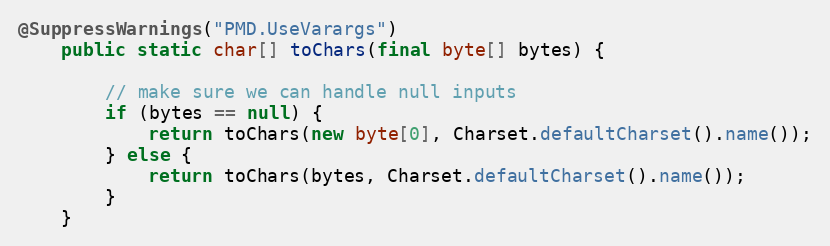
Language: Java
@SuppressWarnings("PMD.UseVarargs")
    public static char[] toChars(final byte[] bytes) {

        // make sure we can handle null inputs
        if (bytes == null) {
            return toChars(new byte[0], Charset.defaultCharset().name());
        } else {
            return toChars(bytes, Charset.defaultCharset().name());
        }
    }